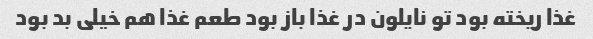
غذا ریخته بود تو نایلون در غذا باز بود طعم غذا هم خیلی بد بود